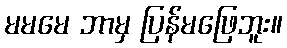
မမမေ ဘာမှ ပြန်မဖြေဘူး။